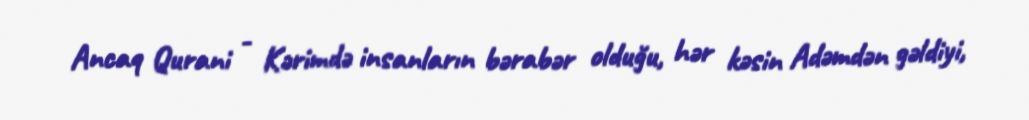
Ancaq Qurani - Kərimdə insanların bərabər olduğu, hər kəsin Adəmdən gəldiyi,